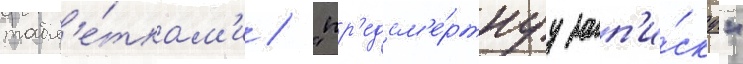
табл'е́ткам'и / "пр'едсм'е́ртнуу зап'и́ску"